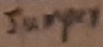
Text: Jumper